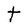
Character: t